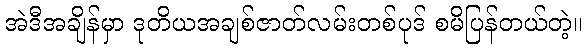
အဲဒီအချိန်မှာ ဒုတိယအချစ်ဇာတ်လမ်းတစ်ပုဒ် စမိပြန်တယ်တဲ့။